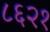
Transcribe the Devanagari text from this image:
८६२१